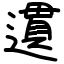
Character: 遦